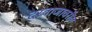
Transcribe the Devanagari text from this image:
दरवाजावरील